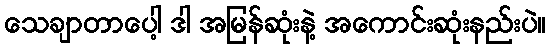
သေချာတာပေါ့ ဒါ အမြန်ဆုံးနဲ့ အကောင်းဆုံးနည်းပဲ။